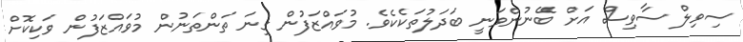
ސިވިލް ސާވިސް އަށް ބޭނުންވަނީ ބަދަލުތަކެކެވެ. މުވައްޒަފުން ގިނަ ތަންތަނުން މުވައްޒަފުން ވަކިކޮށް